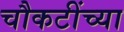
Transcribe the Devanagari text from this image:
चौकटींच्या